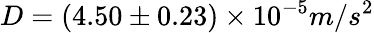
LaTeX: D=(4.50\pm 0.23)\times 10^{-5}m/s^{2}